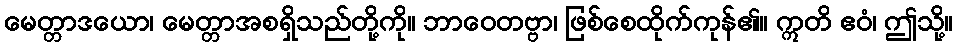
မေတ္တာဒယော၊ မေတ္တာအစရှိသည်တို့ကို။ ဘာဝေတဗ္ဗာ၊ ဖြစ်စေထိုက်ကုန်၏။ ဣတိ ဧဝံ၊ ဤသို့။